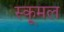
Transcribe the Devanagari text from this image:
स्कूमल